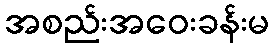
အစည်းအဝေးခန်းမ